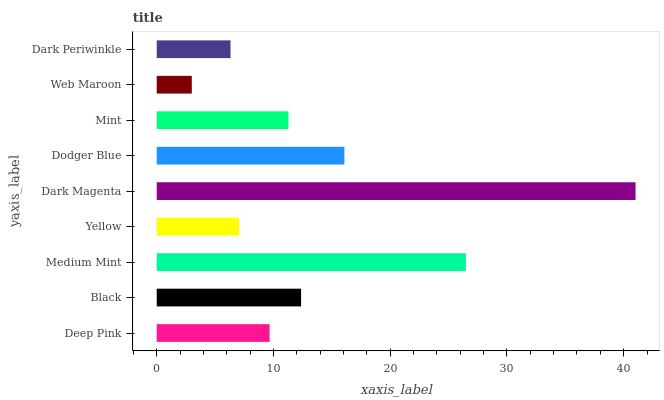
| yaxis_label | bars |
 | --- | --- |
 | Deep Pink | 9.67 |
 | Black | 12.4 |
 | Medium Mint | 26.5 |
 | Yellow | 7.05 |
 | Dark Magenta | 41 |
 | Dodger Blue | 16.1 |
 | Mint | 11.3 |
 | Web Maroon | 3.01 |
 | Dark Periwinkle | 6.32 |